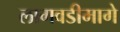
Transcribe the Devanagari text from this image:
लागवडीमागे